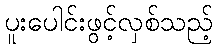
ပူးပေါင်းဖွင့်လှစ်သည့်